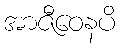
အာဇီဝေနပိ